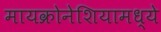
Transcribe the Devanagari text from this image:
मायक्रोनेशियामध्ये